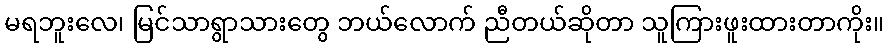
မရဘူးလေ၊ မြင်သာရွာသားတွေ ဘယ်လောက် ညီတယ်ဆိုတာ သူကြားဖူးထားတာကိုး။